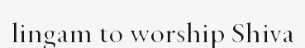
lingam to worship Shiva